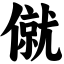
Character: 僦